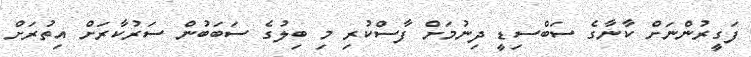
ފަގީރުންނަށް ކާނާގެ ސަބްސިޑީ ދިނުމަށް ފާސްކުރި މި ބިލުގެ ސަބަބުން ސަރުކާރަށް އިތުރަށް